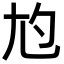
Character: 尥